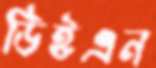
ডিইএন